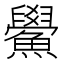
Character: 鱟